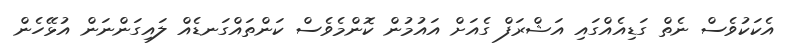
އެކަކުވެސް ނެތް ގަޑިއެއްގައި އަޝްރަފް ގެއަށް އައުމުން ކޮންމެވެސް ކަންތައްގަނޑެއް ލައިގަންނަން އުޅޭހެން